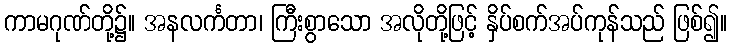
ကာမဂုဏ်တို့၌။ အနလင်္ကတာ၊ ကြီးစွာသော အလိုတို့ဖြင့် နှိပ်စက်အပ်ကုန်သည် ဖြစ်၍။